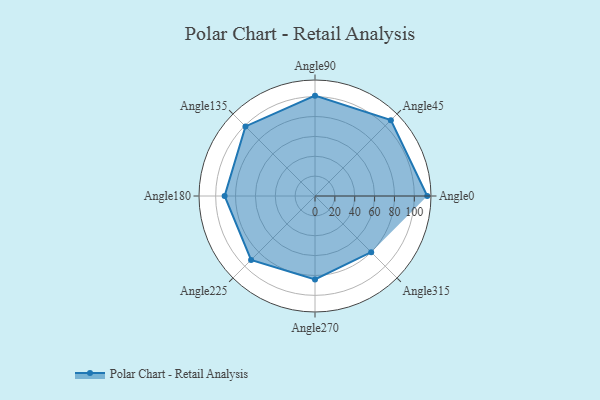
{"axis": {"x": "Angle", "y": "Radius"}, "legend": [""], "data": [{"x": "Angle0", "y": 113.0, "type": ""}, {"x": "Angle45", "y": 108.0, "type": ""}, {"x": "Angle90", "y": 101.0, "type": ""}, {"x": "Angle135", "y": 99.0, "type": ""}, {"x": "Angle180", "y": 91.0, "type": ""}, {"x": "Angle225", "y": 91.0, "type": ""}, {"x": "Angle270", "y": 84.0, "type": ""}, {"x": "Angle315", "y": 80.0, "type": ""}]}